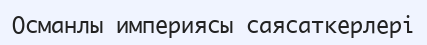
Османлы империясы саясаткерлері